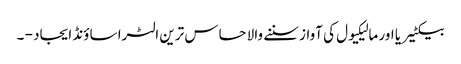
بیکٹیریا اور مالیکیول کی آواز سننے والا حساس ترین الٹرا ساؤنڈ ایجاد - ۔